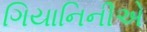
ગિયાનિનીએ